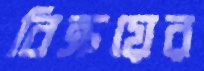
বিক্রয়ের